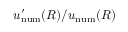
u _ { \mathrm { n u m } } ^ { \prime } ( R ) / u _ { \mathrm { n u m } } ( R )